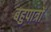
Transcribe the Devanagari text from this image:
बहुपात्रों